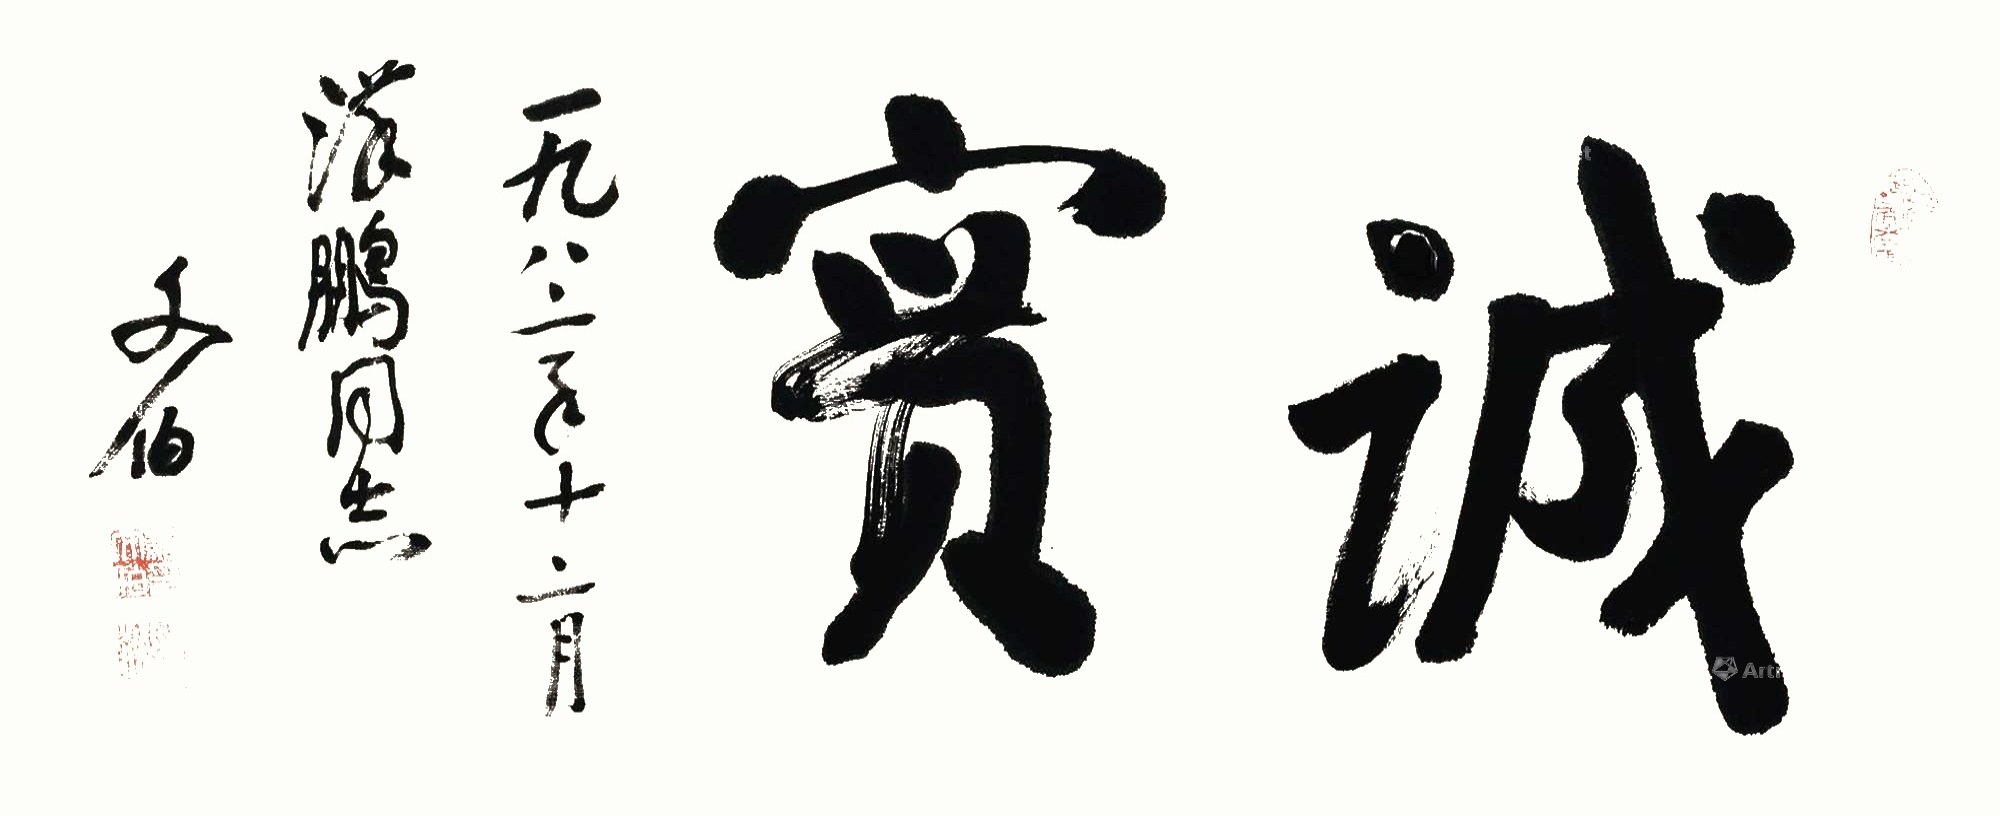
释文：诚实一九八二年十二月，汉鹏同志，文伯。